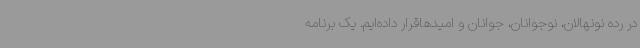
در رده نونهالان، نوجوانان، جوانان و امیدهاقرار داده‌ایم. یک برنامه